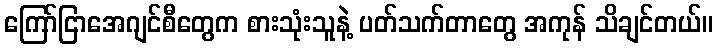
ကြော်ငြာအေဂျင်စီတွေက စားသုံးသူနဲ့ ပတ်သက်တာတွေ အကုန် သိချင်တယ်။